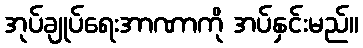
အုပ်ချုပ်ရေးအာဏာကို အပ်နှင်းမည်။